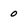
Character: o